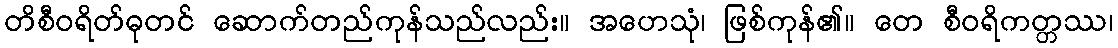
တိစီဝရိတ်ဓုတင် ဆောက်တည်ကုန်သည်လည်း။ အဟေသုံ၊ ဖြစ်ကုန်၏။ တေ စီဝရိကတ္တဿ၊